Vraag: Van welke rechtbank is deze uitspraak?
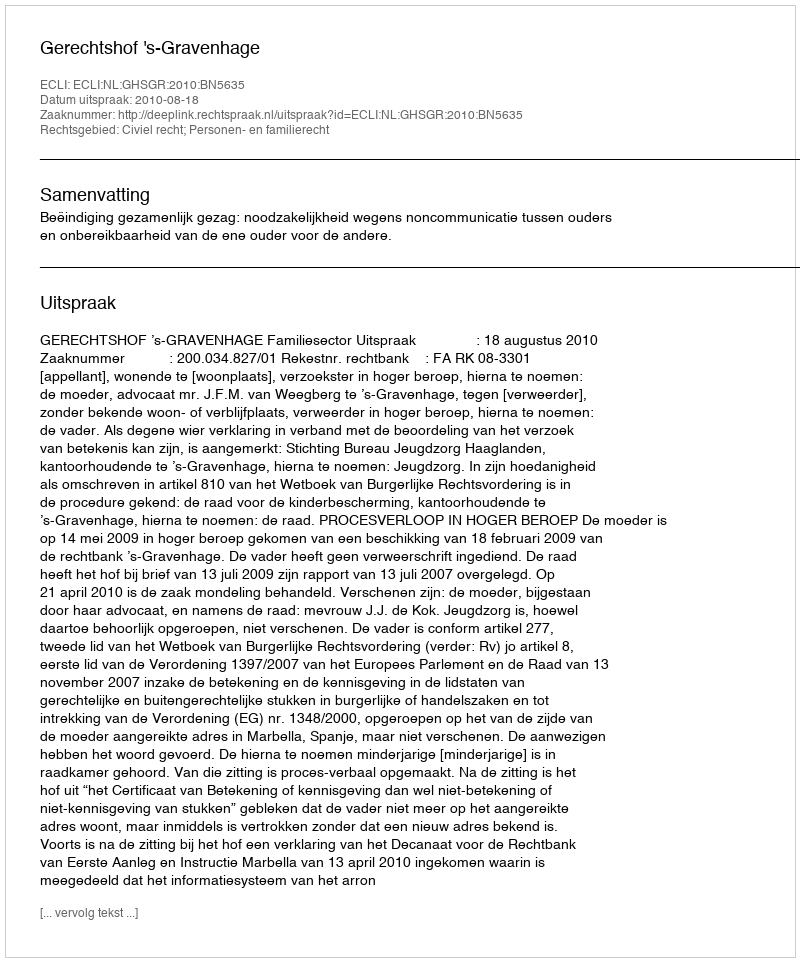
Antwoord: Gerechtshof 's-Gravenhage